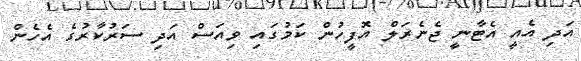
އަދި އެއީ އެޓާނީ ޖެނެރަލް އޮފީހުން ކަމުގައި ވިއަސް އަދި ސަރުކާރުގެ އެހެން